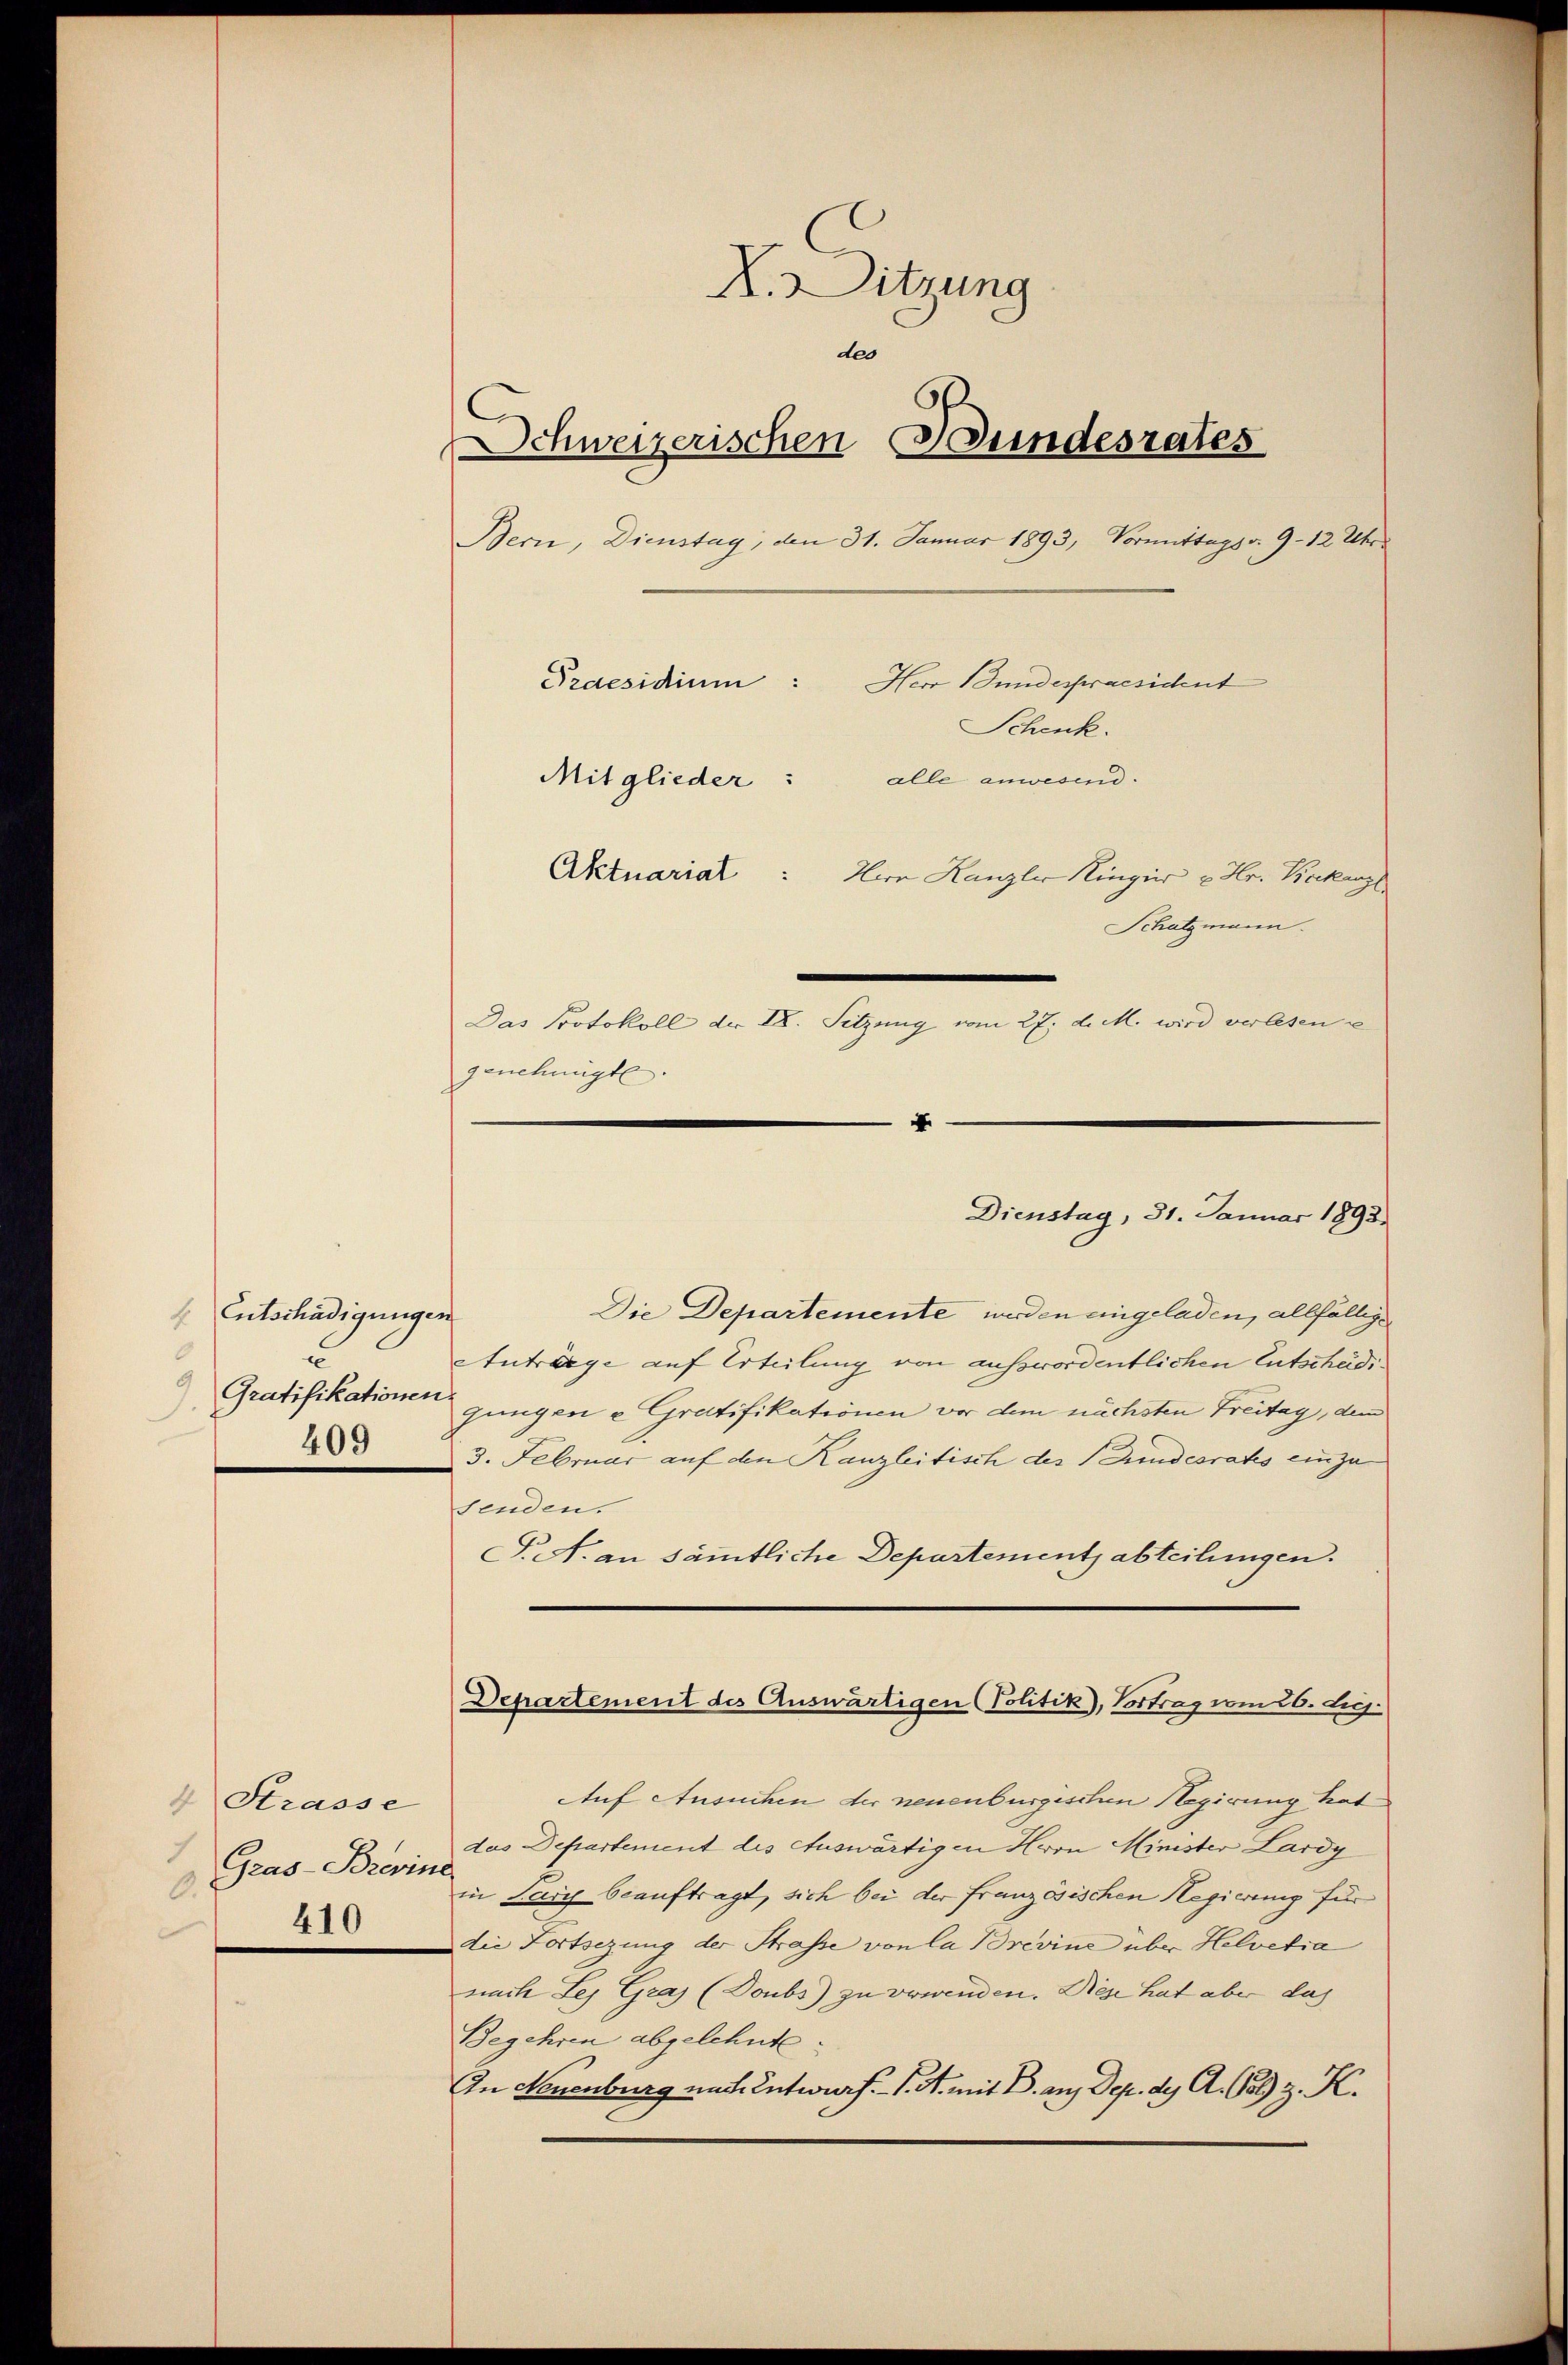
Entschädigungen
O
c
Gratifikationen
409

4 Strasse
Gras-Brevine
0.
410

X. Sitzung
des
s
Schweizerischen Bundesrates
Bern, Dienstag, den 31. Januar 1893, Vormittags v. 9 - 12 Uhr
Praesidium: Herr Bundespraesichent
Schenk.
Mitglieder: alle anwesend.
Aktuariat : Herr Kanzler Ringer u. Hr. Bekanzl
Schatzmann.
Das Protokoll der IX. Sitzung vom 27. d. M. wird verlesen u
genehmigt.
4

Die Departemente werden eingeladen, allfällig
Anträge auf Erteilung von ausswordentlichen Entscheidijungen e Gratifikationen vor dem nächsten Freitag, dem
3. Februar auf den Kanzleitisch der Bundesrates einzu
senden.
T. A. an sämmtliche Departements abteilungen.
Auf Ansuchen der neuenburgischen Regierung hat
das Departement des Auswärtigen Herrn Minister Lardy
in Pary beauftragt, sich bei der französischen Regierung für
die Fortsezung der Strasse von la Brevine über Helvetia
nach Ley Graz (Doubs) zu verwenden. Diese hat aber das
Begehren abgelehnte.
In Neuenburg nach Entwurf. J. A. mit B. aus Dep. des A. G. z. K.

Departement des Auswärtigen (Politik, Vortrag vom 26. Se.

Dienstag, 31. Januar 1893.